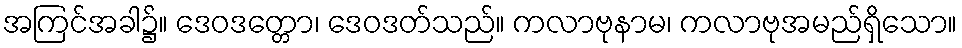
အကြင်အခါ၌။ ဒေဝဒတ္တော၊ ဒေဝဒတ်သည်။ ကလာဗုနာမ၊ ကလာဗုအမည်ရှိသော။